Civil Veterinary Dept. Assam report 1927-50 - 1927-1950
Year: 1927
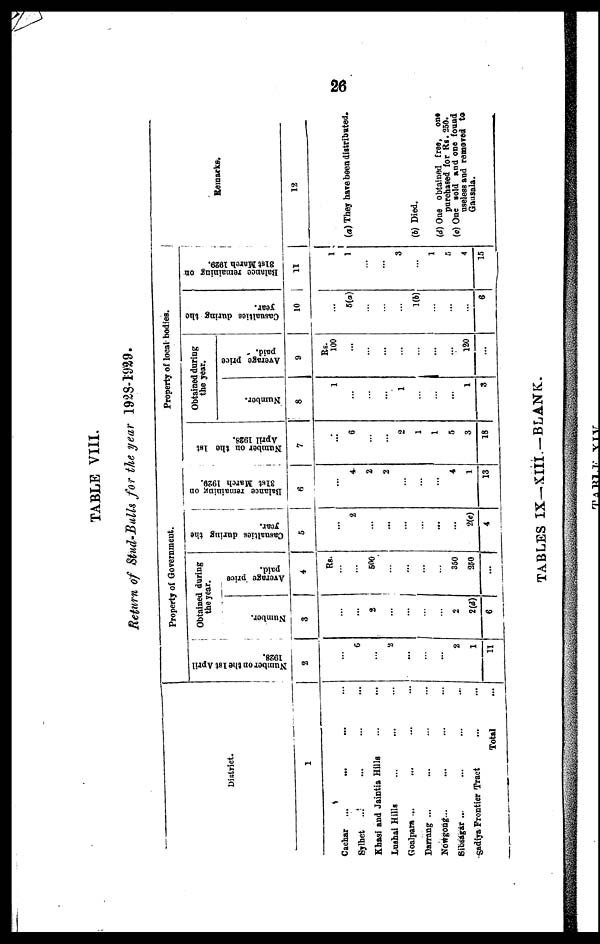
26
TABLE VIII.
Return of Stud-Bulls for the year 1928-1929.
District.
1
Cachar ... ... ... ...
Sylhet
... ... ... ...
Khasi and Jaintia Hills ... ...
Lushai Hills ... ... ...
Goalpara ... ... ... ...
Darrang ... ... ... ...
Nowgong ... ... ... ...
Sibsagar ... ... ... ...
gadiya Frontier Tract ... ...
Total ...
Property of Government.
Number on the 1st April
1928.
2
...
...
...
2
...
...
2
1
11
Obtained during
the year.
Number.
3
...
...
2
...
...
...
2
2(d)
6
Average price
paid.
4
Rs.
...
...
500
...
...
...
350
250
...
Casualties during the
year.
5
...
2
...
...
...
...
...
...
2(e)
4
Balance remaining on
31st
March 1929.
6
...
4
...
2
...
...
...
4
1
13
Number on the 1st
April 1928.
7
...
6
...
4
2
1
...
5
3
18
Property of local bodies.
Obtained during
the year.
Number.
8
1
...
...
6
1
...
...
...
1
3
Average price
paid.
9
Rs.
100
...
...
...
...
...
...
...
120
...
Casualties during the
year.
10
...
5(a)
...
...
...
1(b)
...
...
...
6
Balance remaining on
31st
March 1929.
11
1
1
...
5(a).
3
...
1
5
4
15
Remarks.
12
(a) They have been distributed.
(b) Died.
(d) One obtained free, one
purchased for Rs. 250.
(e) One sold and one found
usless and removed to
Gausala.
TABLES IX— XIII.-BLANK.